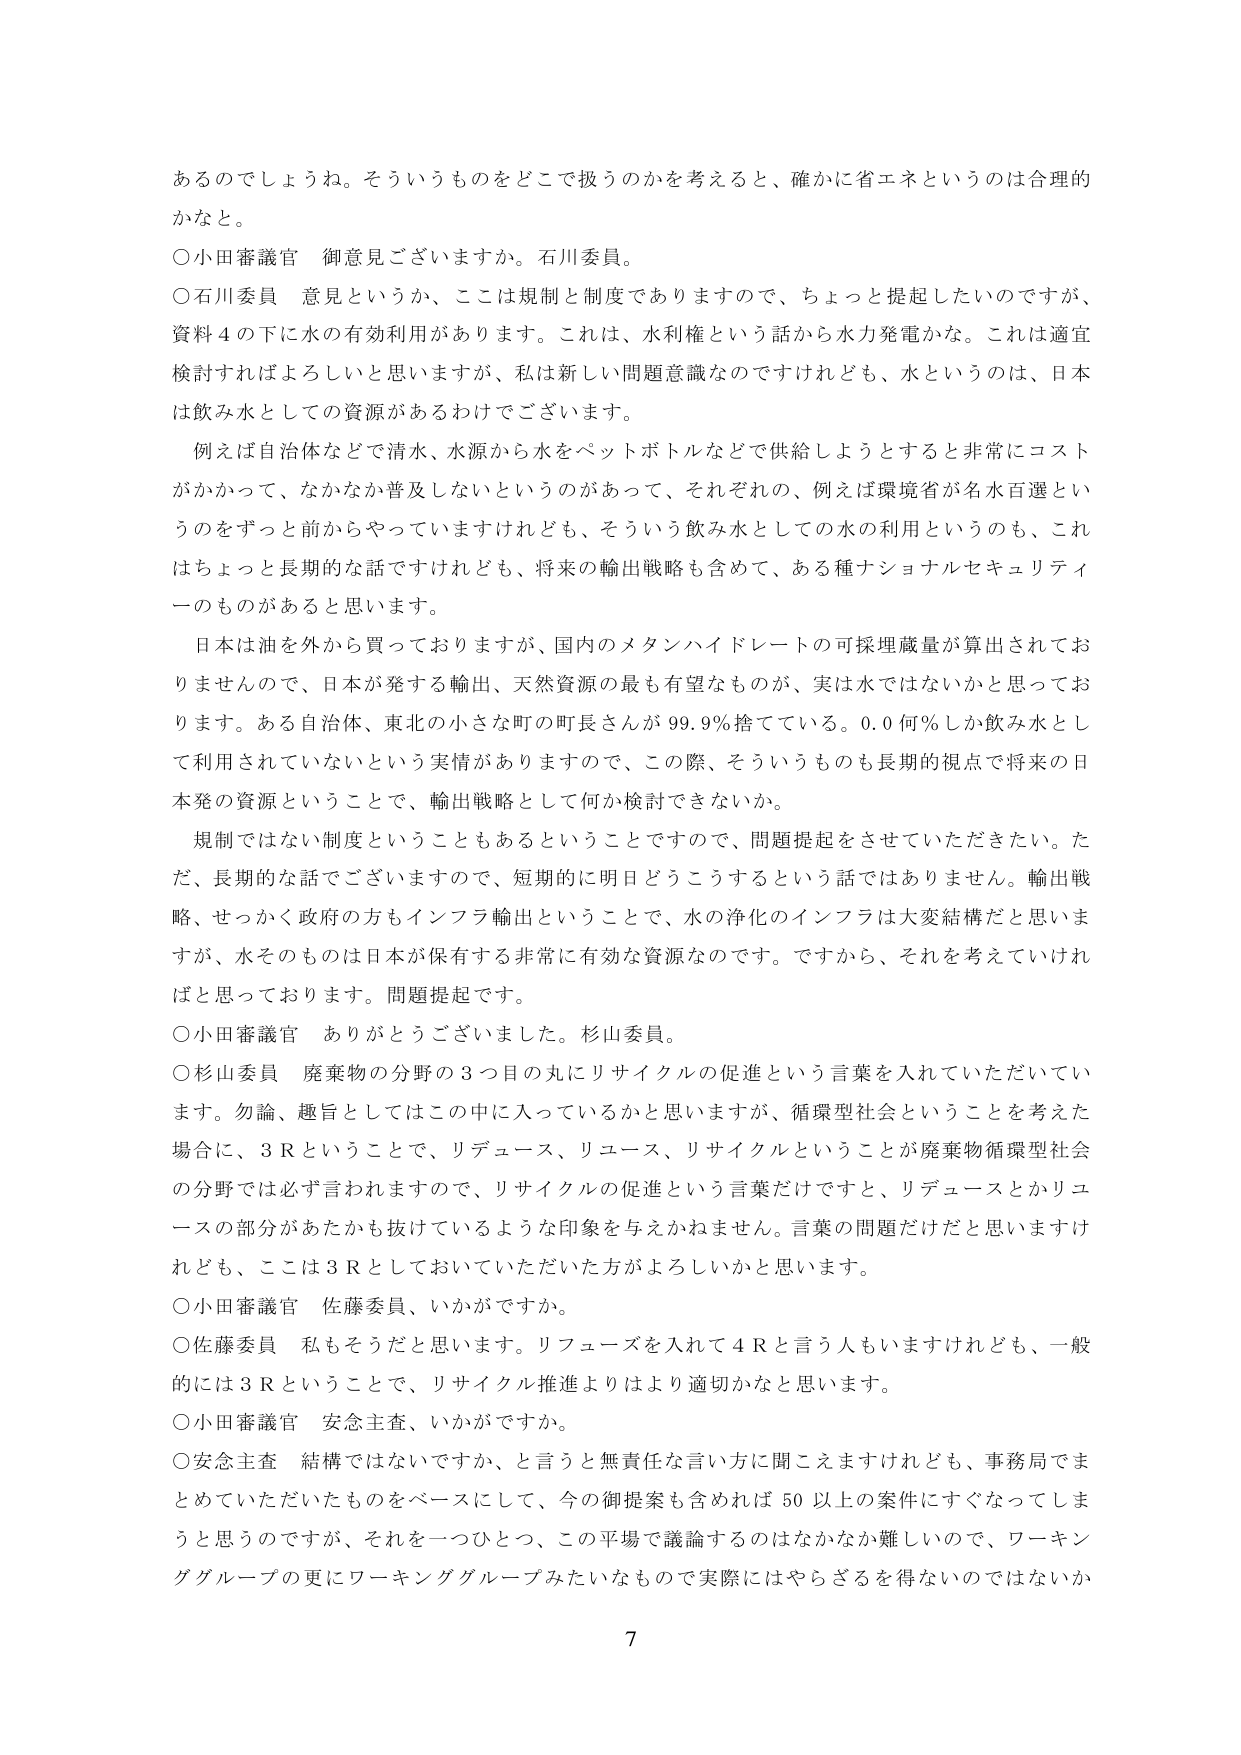
あるのでしょうね。そういうものをどこで扱うのかを考えると、確かに省エネというのは合理的かなと。

○小田審議官 御意見ございますか。石川委員。

○石川委員 意見というか、ここは規制と制度でありますので、ちょっと提起したいのですが、資料４の下に水の有効利用があります。これは、水利権という話から水力発電かな。これは適宜検討すればよろしいと思いますが、私は新しい問題意識なのですけれども、水というのは、日本は飲み水としての資源があるわけでございます。

　例えば自治体などで清水、水源から水をペットボトルなどで供給しようとするとき非常にコストがかかって、なかなか普及しないというのがあって、それぞれの、例えば環境省が名水百選というのをずっと前からやっていますけれども、そういう飲み水としての水の利用というのも、これはちょっと長期的な話ですけれども、将来の輸出戦略も含めて、ある種ナショナルセキュリティーのものがあると思います。

　日本は油を外から買っておりますが、国内のメタンハイドレートの可採埋蔵量が算出されておりませんので、日本が発する輸出、天然資源の最も有望なものが、実は水ではないかと思っております。ある自治体、東北の小さな町の町長さんが99.9％捨てている。0.0何％しか飲み水として利用されていないという実情がありますので、この際、そういうものも長期的視点で将来の日本発の資源ということで、輸出戦略として何か検討できないか。

　規制ではない制度ということもあるということで、問題提起をさせていただきたい。ただ、長期的な話でございますので、短期的に明日どうこうするという話ではありません。輸出戦略、せっかく政府の方もインフラ輸出ということで、水の浄化のインフラは大変結構だと思いますが、水そのものは日本が保有する非常に有効な資源なのです。ですから、それを考えていければと思っております。問題提起です。

○小田審議官 ありがとうございました。杉山委員。

○杉山委員 廃棄物の分野の３つ目の丸にリサイクルの促進という言葉を入れていただいています。勿論、趣旨としてはこの中に入っているかと思いますが、循環型社会ということを考えた場合に、３Ｒということで、リデュース、リユース、リサイクルということが廃棄物循環型社会の分野では必ず言われますので、リサイクルの促進という言葉だけですと、リデュースとかリユースの部分があたかも抜けていているような印象を与えかねません。言葉の問題だけだと思いますけれども、ここは３Ｒとしておいていただいた方がよろしいかと思います。

○小田審議官 佐藤委員、いかがですか。

○佐藤委員 私もそうだと思います。リフューズを入れて４Ｒと言う人もいますけれども、一般的には３Ｒということで、リサイクル推進よりはより適切かなと思います。

○小田審議官 安念主査、いかがですか。

○安念主査 結構ではないですか、と言うと無責任な言い方に聞こえますけれども、事務局でまとめていただいたものをベースにして、今の御提案も含めれば50以上の案件にすぐなってしまうと思うのですが、それを一つひとつ、この平場で議論するのはなかなか難しいので、ワーキンググループの更にワーキンググループみたいなもので実際にはやらざるを得ないのではないか

7